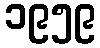
၁၉၅၉